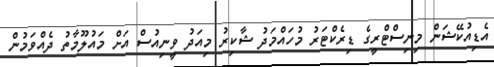
އެޑިއުކޭޝަން މިނިސްޓްރީގެ ޑިރެކްޓަރު މުހައްމަދު ޝާކިރު މިއަދު ވީނިއުސް އަށް މައުލޫމާތު ދެއްވަމުން